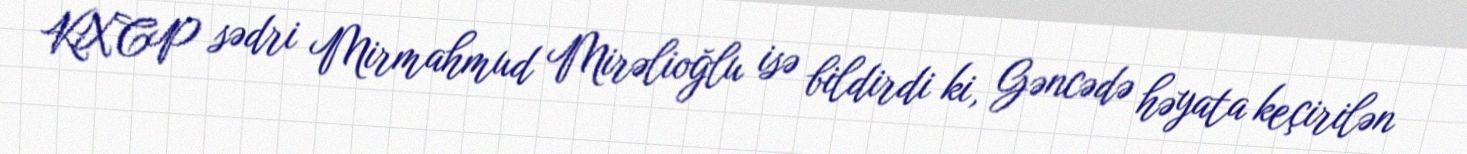
KXCP sədri Mirmahmud Mirəlioğlu isə bildirdi ki, Gəncədə həyata keçirilən